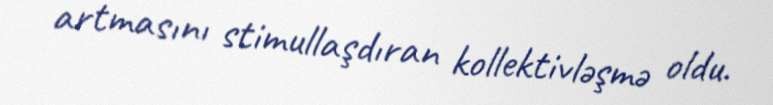
artmasını stimullaşdıran kollektivləşmə oldu.